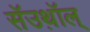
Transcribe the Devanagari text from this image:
सॅउथ़ॉल्